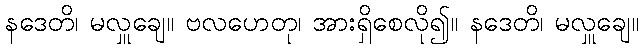
နဒေတိ၊ မလှူချေ။ ဗလဟေတု၊ အားရှိစေလို၍။ နဒေတိ၊ မလှူချေ။